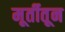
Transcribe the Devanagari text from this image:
मूर्तीतून